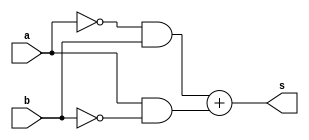
// ----------------------------------------------------------------------
// Exemplo 0011 - XOR
// Debora Deslandes de Almeida Batista
// ----------------------------------------------------------------------

// ----------------------------------------------------------------------
// -- XOR gate
// ----------------------------------------------------------------------

	module xorgate (output s, input a,input b);
		assign s = (~a&b) + (a&~b);
	endmodule
	
// ----------------------------------------------------------------------
// -- Test XOR gate
// ----------------------------------------------------------------------

	module testxorgate;
	
	reg a,b;
	wire s;
	
	xorgate areia (s,a,b);
	
	initial begin : start
		a = 0;
		b = 0;
	end
	
	initial begin : main
		$display ("\nExemplo 0011 - Debora Deslandes de Almeida Batista");
		$display ("\nMatricula : 451549");
		$display ("\nTest XOR gate");
		$display ("\n((~a)(b)+ (a)(~b)) = s");
		$monitor ("\n((~%b)(%b)+ (%b)(~%b)) = %b" , a,b,a,b,s);
			#1 a = 1; b = 0;
			#1 a = 0; b = 1;
			#1 a = 1; b = 1;
	end
endmodule